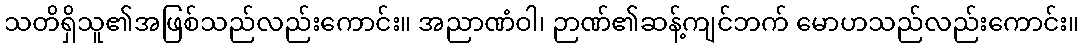
သတိရှိသူ၏အဖြစ်သည်လည်းကောင်း။ အညာဏံဝါ၊ ဉာဏ်၏ဆန့်ကျင်ဘက် မောဟသည်လည်းကောင်း။